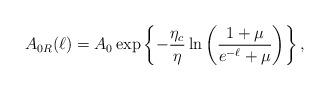
LaTeX: \begin{align*}A_{0R}(\ell)=A_0 \exp \left \{ -\frac{\eta_c}{\eta}\ln \left ( \frac{1+\mu}{e^{-\ell}+\mu} \right ) \right \},\end{align*}